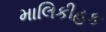
માલિકીહક